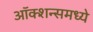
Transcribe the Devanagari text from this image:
ऑक्शन्समध्ये